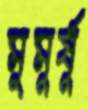
মুমূর্ষূ